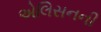
એલિસનની